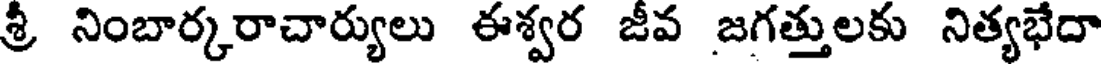
శ్రీ నింబార్కరాచార్యులు ఈశ్వర జీవ జగత్తులకు నిత్యభేదా